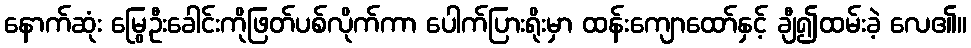
နောက်ဆုံး မြွေဦးခေါင်းကိုဖြတ်ပစ်လိုက်ကာ ပေါက်ပြားရိုးမှာ ထန်းကျောထော်နှင့် ချီ၍ထမ်းခဲ့ လေ၏။